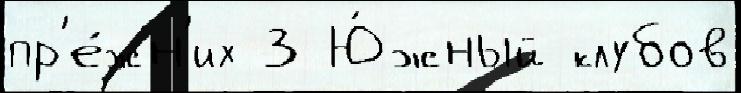
пр'е́жн'их 3 Ю́жный клубов